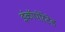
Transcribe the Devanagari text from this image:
इंकॉर्पोरेटेड